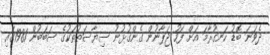
ދެވަނަ ބޮޑު ހަނގުރާމަ އަށް ފަހު ޖަޕާނުން ގެންގުޅުނު ސިޔާސަތުތަކުގެ ސަބަބުން 1981ގައި